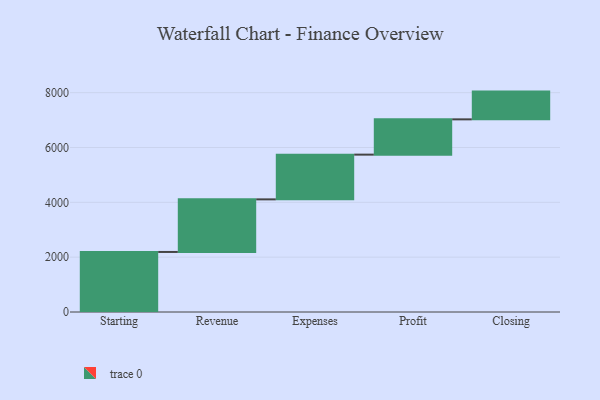
{"axis": {"x": "Step", "y": "Value"}, "legend": [""], "data": [{"x": "Starting", "y": 2190.0, "type": ""}, {"x": "Revenue", "y": 1918.0, "type": ""}, {"x": "Expenses", "y": 1632.0, "type": ""}, {"x": "Profit", "y": 1287.0, "type": ""}, {"x": "Closing", "y": 1012.0, "type": ""}]}